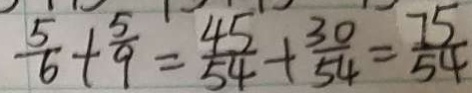
\frac { 5 } { 6 } + \frac { 5 } { 9 } = \frac { 4 5 } { 5 4 } + \frac { 3 0 } { 5 4 } = \frac { 7 5 } { 5 4 }